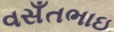
વસઁતભાઇ